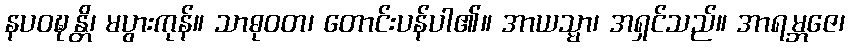
နပဝဍ္ဎန္တိ၊ မပွားကုန်။ သာဓုဝတ၊ တောင်းပန်ပါ၏။ အာယသ္မာ၊ အရှင်သည်။ အာရမ္ဘဇေ၊